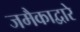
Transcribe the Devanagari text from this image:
जमैकाद्वारे